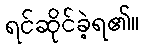
ရင်ဆိုင်ခဲ့ရ၏။